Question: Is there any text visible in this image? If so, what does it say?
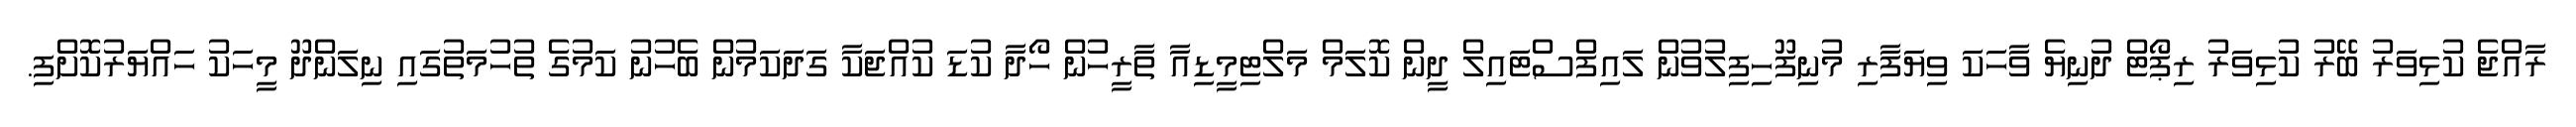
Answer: ރާއްޖެ ކުޅިވަރު ބޭރު ކުޅިވަރު ރިޕޯޓް ދުނިޔެ ވާހަކަ ވިޔަފާރި މުނިފޫހިފިލުވުން ލައިފްސްޓައިލް ދީން ކޮލަމް މަލްޓިމީޑިއާ ތާރީހުން ހޯދާ ކުޑަ ކުއްޖަކާ ގަދަކަމުން ބެހުނު ކަމުގެ ތުހުމަތުގައި ނިލަންދޫ މީހަކު ހައްޔަރުކޮށްފި.